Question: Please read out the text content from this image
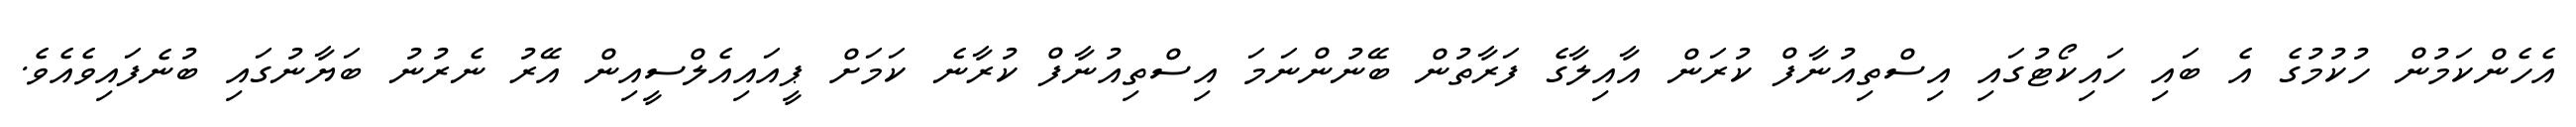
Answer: އެހެންކަމުން ހުކުމުގެ އެ ބައި ހައިކޯޓުގައި އިސްތިއުނާފް ކުރަން އާއިލާގެ ފަރާތުން ބޭނުންނަމަ އިސްތިއުނާފް ކުރާނެ ކަމަށް ޕީއައިއެލްސީއިން އޭރު ނެރުނު ބަޔާނުގައި ބުނެފައިވެއެވެ.